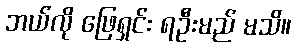
ဘယ်လို ဖြေရှင်း ရဦးမည် မသိ။